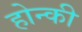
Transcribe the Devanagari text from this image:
होन्की